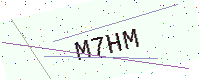
Text: M7HM